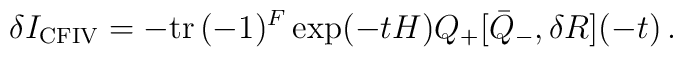
\delta I_{\rm CFIV} = - {\rm tr} \,  (-1)^{F} \exp(-tH)Q_+ [\bar{Q}_-, \delta R ](-t) \,.